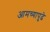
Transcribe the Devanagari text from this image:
आमच्यापुढे